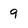
Character: 9